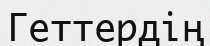
Геттердің